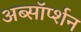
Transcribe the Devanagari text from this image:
अब्सॉर्प्शन